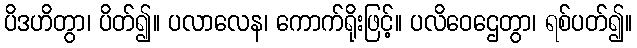
ပိဒဟိတွာ၊ ပိတ်၍။ ပလာလေန၊ ကောက်ရိုးဖြင့်။ ပလိဝေဌေတွာ၊ ရစ်ပတ်၍။